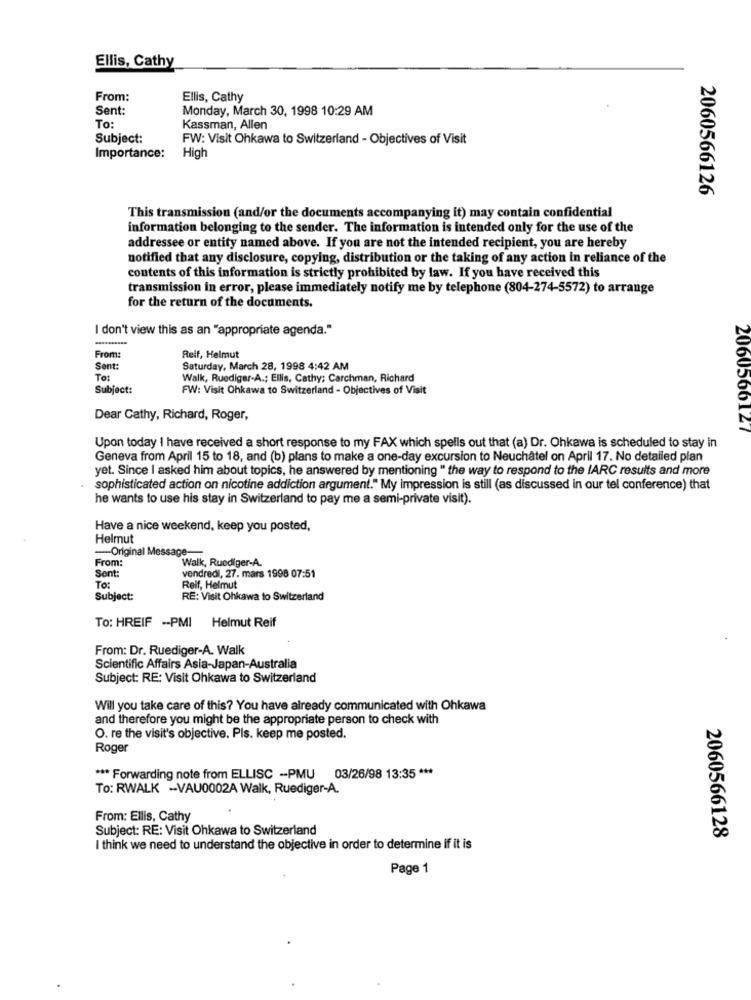
Ellis, Cathy
From:
Ellis, Cathy
Sent:
Monday, March 30, 1998 10:29 AM
To:
Kassman, Allen
Subject:
FW: Visit Ohkawa to Switzerland - Objectives of Visit
Importance:
High
2060566126
This transmission (and/or the documents accompanying it) may contain confidential
information belonging to the sender. The information is intended only for the use of the
addressee or entity named above. If you are not the intended recipient, you are hereby
notified that any disclosure, copying, distribution or the taking of any action in reliance of the
contents of this information is strictly prohibited by law. If you have received this
transmission in error, please immediately notify me by telephone (804-274-5572) to arrange
for the return of the documents.
I don't view this as an "appropriate agenda."
From:
Relf, Helmut
Sent:
Saturday, March 28, 1998 4:42 AM
To:
Walk, Ruediger-A .; Ellis, Cathy; Carchman, Richard
Subject:
FW: Visit Ohkawa to Switzerland - Objectives of Visit
Dear Cathy, Richard, Roger,
2060566127
Upon today I have received a short response to my FAX which spells out that (a) Dr. Ohkawa is scheduled to stay in
Geneva from April 15 to 18, and (b) plans to make a one-day excursion to Neuchâtel on April 17. No detailed plan
yet. Since I asked him about topics, he answered by mentioning " the way to respond to the IARC results and more
sophisticated action on nicotine addiction argument." My impression is still (as discussed in our tel conference) that
he wants to use his stay in Switzerland to pay me a semi-private visit).
Have a nice weekend, keep you posted,
Helmut
-Original Message-
From:
Walk, Ruediger-A.
Sent:
vendredi, 27. mars 1998 07:51
To :
Reif, Helmut
Subject:
RE: Visit Ohkawa to Switzerland
To: HREIF -- PMI
Helmut Reif
From: Dr. Ruediger-A. Walk
Scientific Affairs Asia-Japan-Australia
Subject: RE: Visit Ohkawa to Switzerland
Will you take care of this? You have already communicated with Ohkawa
and therefore you might be the appropriate person to check with
O. re the visit's objective. Pls. keep me posted.
Roger
*** Forwarding note from ELLISC -PMU 03/26/98 13:35 ***
To: RWALK -VAU0002A Walk, Ruediger-A.
From: Ellis, Cathy
Subject: RE: Visit Ohkawa to Switzerland
2060566128
I think we need to understand the objective in order to determine if it is
Page 1